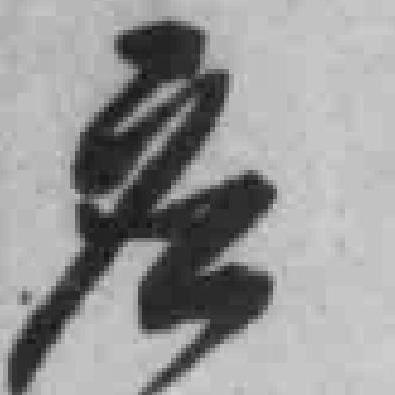
应